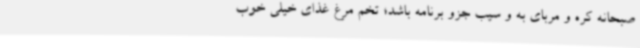
صبحانه کره و مربای به و سیب جزو برنامه باشد؛ تخم مرغ غذای خیلی خوب